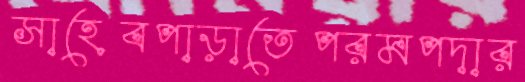
সাহেবপাড়াতেপরমপদার